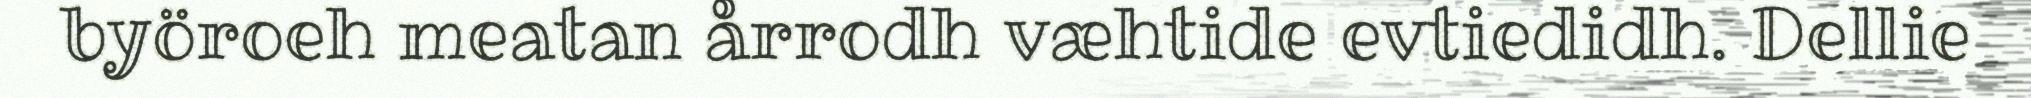
byöroeh meatan årrodh væhtide evtiedidh. Dellie